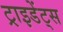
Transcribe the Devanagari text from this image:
ट्राइडेंट्स